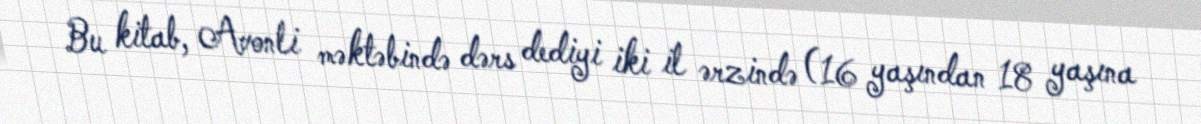
Bu kitab, Avonli məktəbində dərs dediyi iki il ərzində (16 yaşından 18 yaşına